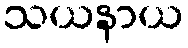
သယနာယ